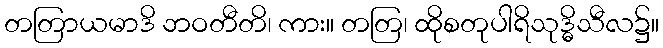
တတြာယမာဒိ ဘဝတီတိ၊ ကား။ တတြ၊ ထိုစတုပါရိသုဒ္ဓိသီလ၌။